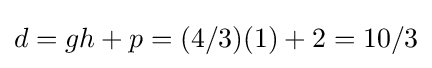
d=gh+p=(4/3)(1)+2=10/3